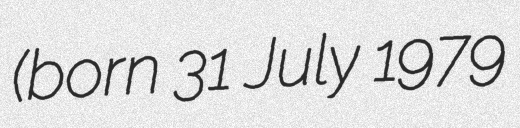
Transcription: (born 31 July 1979